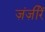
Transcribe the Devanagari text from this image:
ज़ंज़ीरें